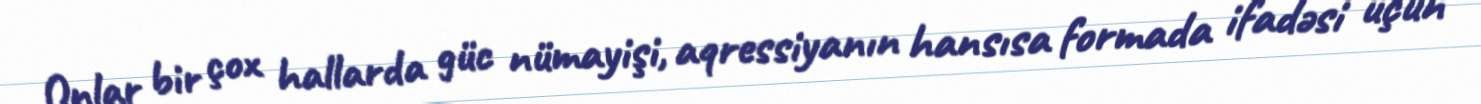
Onlar bir çox hallarda güc nümayişi, aqressiyanın hansısa formada ifadəsi üçün